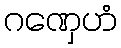
ဂဏှေဟံ